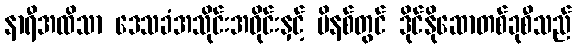
နာရီအထိသာ ဒေသခံအသိုင်းအဝိုင်းနှင့် မိနစ်တွင် ဒိုင်နိုဆောတစ်ခုစီသည်